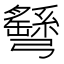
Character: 𢑂